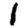
Digit: 1